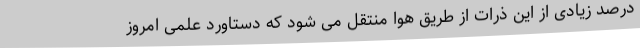
درصد زیادی از این ذرات از طریق هوا منتقل می شود که دستاورد علمی امروز